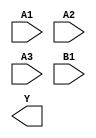
module sky130_fd_sc_hd__o31ai (
    //# {{data|Data Signals}}
    input  A1,
    input  A2,
    input  A3,
    input  B1,
    output Y
);

    // Voltage supply signals
    supply1 VPWR;
    supply0 VGND;
    supply1 VPB ;
    supply0 VNB ;

endmodule